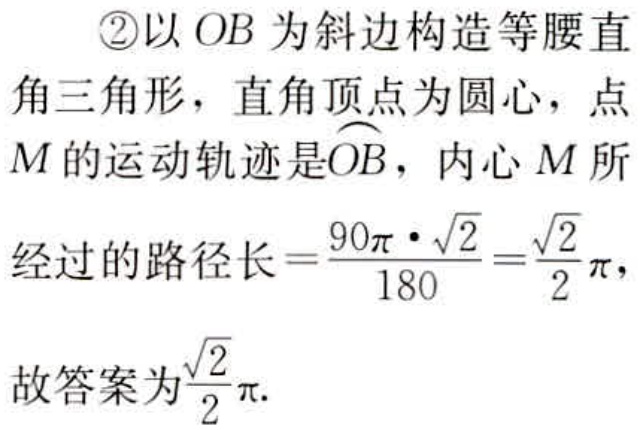
\textcircled{2}以 \(OB\) 为斜边构造等腰直

角三角形，直角顶点为圆心，点

\(M\) 的运动轨迹是\(\overset{\frown}{OB}\)，内心 \(M\) 所

经过的路径长\(=\frac{90\pi\cdot\sqrt{2}}{180}=\frac{\sqrt{2}}{2}\pi\)，

故答案为\(\frac{\sqrt{2}}{2}\pi\).